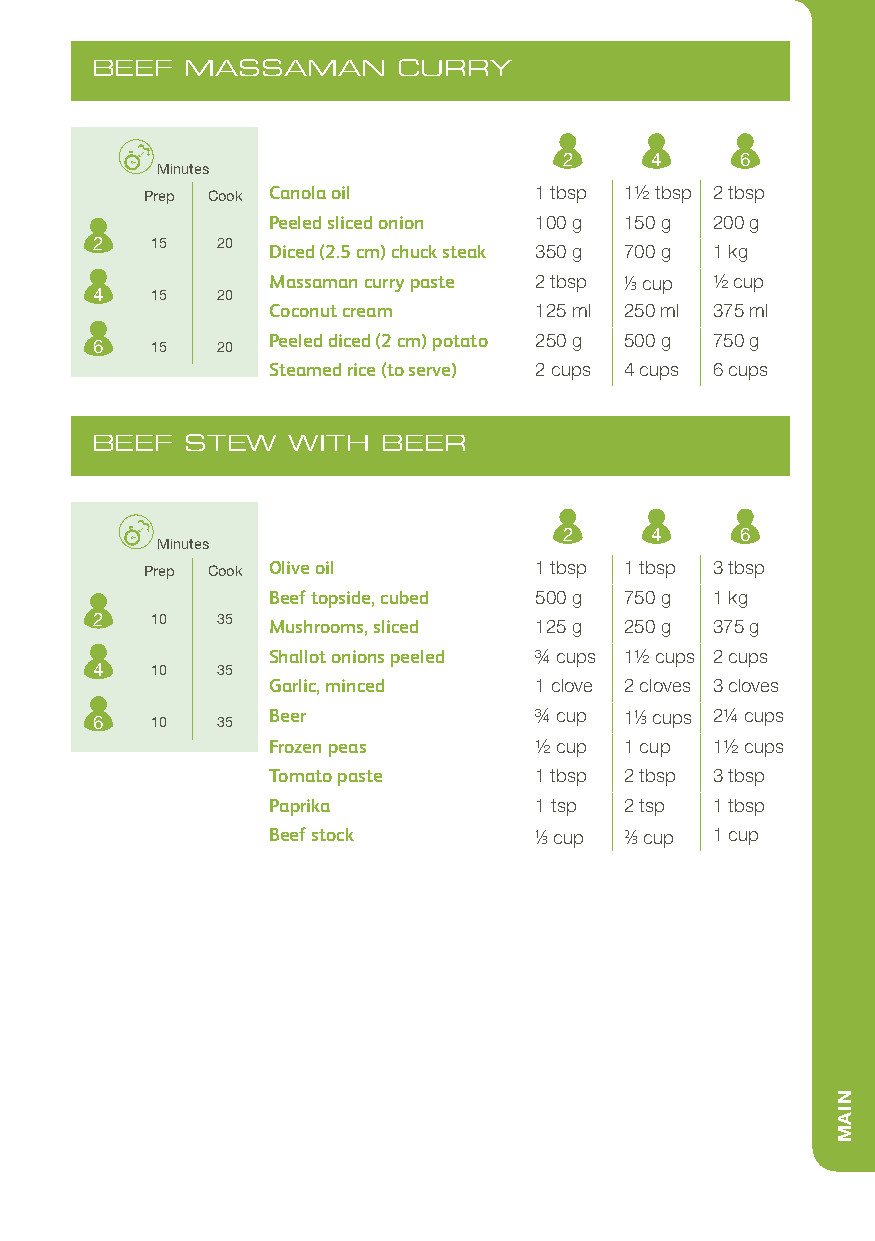
BEEF  MASSAMAN      CURRY
 2     4     6
 Minutes
 Prep Cook Canola oil     1 tbsp 11/2 tbsp 2 tbsp
 Peeled sliced onion 100 g 150 g 200 g
 2   15  20
 Diced (2.5 cm) chuck steak 350 g 700 g 1 kg
 Massaman curry paste 2 tbsp 1/3 cup 1/2 cup
 4   15  20
 Coconut cream    125 ml 250 ml 375 ml
 Peeled diced (2 cm) potato 250 g 500 g 750 g
 6   15  20
 Steamed rice (to serve) 2 cups 4 cups 6 cups
 BEEF  STEW   WITH  BEER
 2     4     6
 Minutes
 Prep Cook Olive oil      1 tbsp 1 tbsp 3 tbsp
 Beef topside, cubed 500 g 750 g 1 kg
 2   10  35
 Mushrooms, sliced 125 g 250 g 375 g
 Shallot onions peeled 3/4 cups 11/2 cups 2 cups
 4   10  35
 Garlic, minced   1 clove 2 cloves 3 cloves
 6   10  35  Beer             3/4 cup 11/3 cups 21/4 cups
 Frozen peas      1/2 cup 1 cup 11/2 cups
 Tomato paste     1 tbsp 2 tbsp 3 tbsp
 Paprika          1 tsp 2 tsp 1 tbsp
 Beef stock       1/3 cup 2/3 cup 1 cup
 NIAM